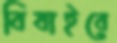
বিষাইবে